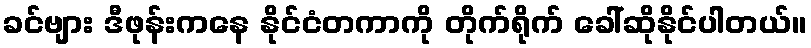
ခင်ဗျား ဒီဖုန်းကနေ နိုင်ငံတကာကို တိုက်ရိုက် ခေါ်ဆိုနိုင်ပါတယ်။